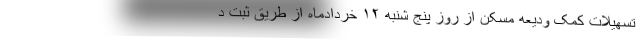
تسهیلات کمک‌ ودیعه مسکن از روز پنج شنبه ۱۲ خردادماه از طریق ثبت د